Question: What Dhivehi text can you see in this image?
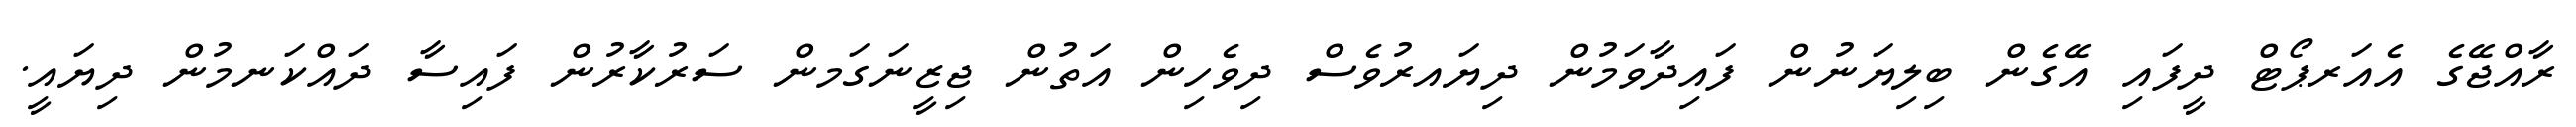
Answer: ރާއްޖޭގެ އެއަރޕޯޓް ދީފައި އޭގެން ބިލިޔަނުން ފައިދާވަމުން ދިޔައރުވެސް ދިވެހިން އަތުން ޖިޒީނަގަމން ސަރުކާރުން ފައިސާ ދައްކަނމުން ދިޔައީ.